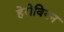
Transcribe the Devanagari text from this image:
हेरोवियन